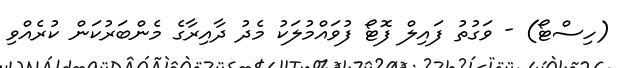
(ހިސްޓޯ) - ވަގުތު ފައިލް ފޮޓޯ ފުވައްމުލަކު މެދު ދާއިރާގެ މެންބަރުކަން ކުރެއްވި